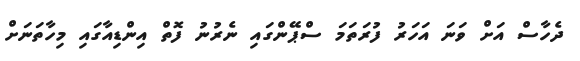
ދެހާސް އަށް ވަނަ އަހަރު ފުރަތަމަ ސްޕޭންގައި ނެރުނު ފޮތް އިންޑިއާގައި މިހާތަނަށް